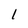
Character: 1